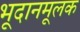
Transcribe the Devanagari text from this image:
भूदानमूलक